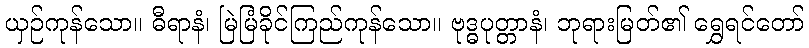
ယှဉ်ကုန်သော။ ဓီရာနံ၊ မြဲမြံခိုင်ကြည်ကုန်သော။ ဗုဒ္ဓပုတ္တာနံ၊ ဘုရားမြတ်၏ ရွှေရင်တော်